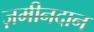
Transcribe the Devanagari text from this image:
ज़मीनदान